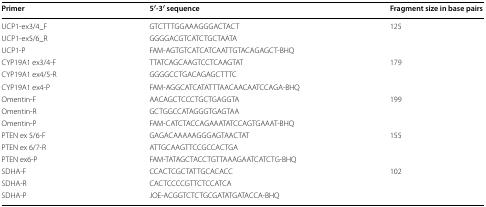
<table><thead><tr><td><b>Primer</b></td><td><b>5′-3′ sequence</b></td><td><b>Fragment size in base pairs</b></td></tr></thead><tbody><tr><td>UCP1-ex3/4_F</td><td>GTCTTTGGAAAGGGACTACT</td><td rowspan="3">125</td></tr><tr><td>UCP1-ex5/6_R</td><td>GGGGACGTCATCTGCTAATA</td></tr><tr><td>UCP1-P</td><td>FAM-AGTGTCATCATCAATTGTACAGAGCT-BHQ</td></tr><tr><td>CYP19A1 ex3/4-F</td><td>TTATCAGCAAGTCCTCAAGTAT</td><td rowspan="3">179</td></tr><tr><td>CYP19A1 ex4/5-R</td><td>GGGGCCTGACAGAGCTTTC</td></tr><tr><td>CYP19A1 ex4-P</td><td>FAM-AGGCATCATATTTAACAACAATCCAGA-BHQ</td></tr><tr><td>Omentin-F</td><td>AACAGCTCCCTGCTGAGGTA</td><td rowspan="3">199</td></tr><tr><td>Omentin-R</td><td>GCTGGCCATAGGGTGAGTAA</td></tr><tr><td>Omentin-P</td><td>FAM-CATCTACCAGAAATATCCAGTGAAAT-BHQ</td></tr><tr><td>PTEN ex 5/6-F</td><td>GAGACAAAAAGGGAGTAACTAT</td><td rowspan="3">155</td></tr><tr><td>PTEN ex 6/7-R</td><td>ATTGCAAGTTCCGCCACTGA</td></tr><tr><td>PTEN ex6-P</td><td>FAM-TATAGCTACCTGTTAAAGAATCATCTG-BHQ</td></tr><tr><td>SDHA-F</td><td>CCACTCGCTATTGCACACC</td><td rowspan="3">102</td></tr><tr><td>SDHA-R</td><td>CACTCCCCGTTCTCCATCA</td></tr><tr><td>SDHA-P</td><td>JOE-ACGGTCTCTGCGATATGATACCA-BHQ</td></tr></tbody></table>